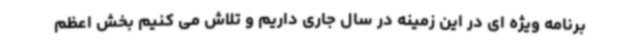
برنامه ویژه ای در این زمینه در سال جاری داریم و تلاش می کنیم بخش اعظم